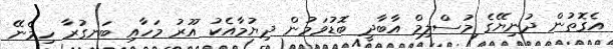
އެގޮތުން ދުނިޔޭގެ މުސްލިމް އާބާދީ ބޮޑުވަމުން ދިޔުމާއެކު އޫރު މަހާއި ބަނގުރާ ހިމެނޭ